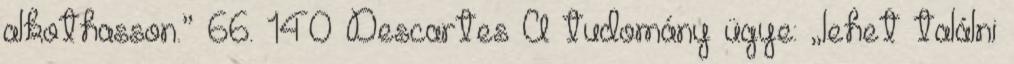
alkothasson.” 66. 140 Descartes A tudomány ügye: „lehet találni